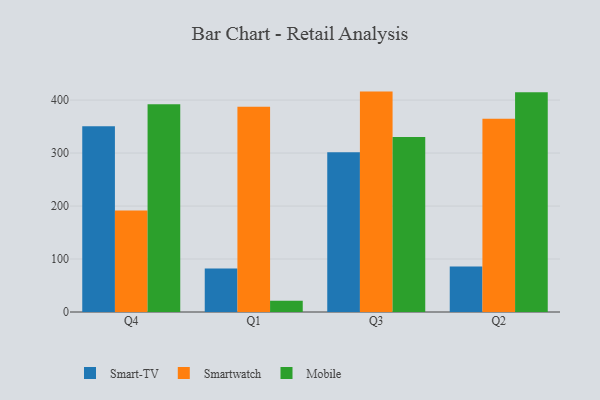
{"axis": {"x": "Quarter", "y": "Tickets Resolved"}, "legend": ["Mobile", "Smart-TV", "Smartwatch"], "data": [{"x": "Q4", "y": 350.6, "type": "Smart-TV"}, {"x": "Q4", "y": 191.7, "type": "Smartwatch"}, {"x": "Q4", "y": 392.2, "type": "Mobile"}, {"x": "Q1", "y": 82.3, "type": "Smart-TV"}, {"x": "Q1", "y": 387.3, "type": "Smartwatch"}, {"x": "Q1", "y": 21.3, "type": "Mobile"}, {"x": "Q3", "y": 301.6, "type": "Smart-TV"}, {"x": "Q3", "y": 416.0, "type": "Smartwatch"}, {"x": "Q3", "y": 330.5, "type": "Mobile"}, {"x": "Q2", "y": 85.7, "type": "Smart-TV"}, {"x": "Q2", "y": 364.7, "type": "Smartwatch"}, {"x": "Q2", "y": 414.8, "type": "Mobile"}]}